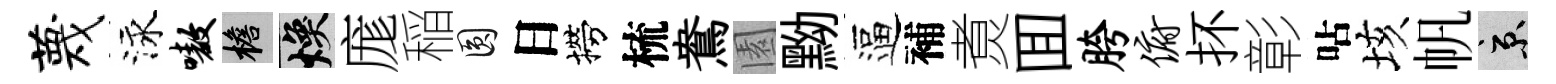
蔑泳嗷檐焕庬稲圓日撈梳鴦園黝逼補煑囬胯俯抔彰呫垓帆京